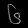
Digit: ၆